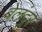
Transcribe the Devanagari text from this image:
बेलंदूर